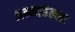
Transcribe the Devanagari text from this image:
अन्नाबेल्ला